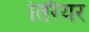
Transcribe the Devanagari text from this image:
तिरैयर